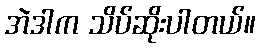
အဲဒါက သိပ်ဆိုးပါတယ်။